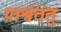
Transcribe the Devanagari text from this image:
पार्श्वतंतु